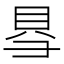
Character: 𮙱